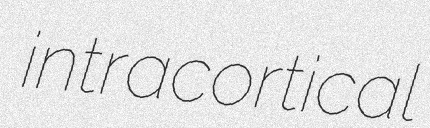
intracortical